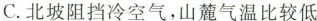
C.北坡阻挡冷空气，山麓气温比较低